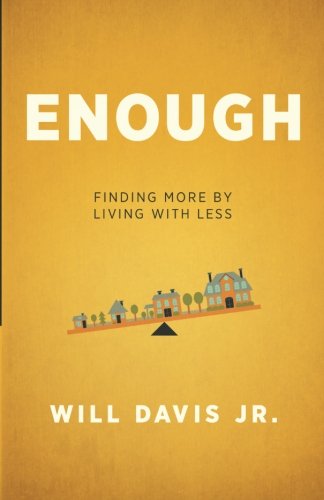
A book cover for Enough: Finding More by Living with Less; Will Jr. Davis; Christian Books & Bibles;